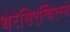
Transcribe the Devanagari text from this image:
थेरेसिएन्विएस्से